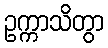
ဥက္ကာသိတွာ